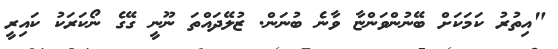
"އިތުރު ކަމަކަށް ބޭނުންވަންޏާ ވާނެ ބުނަން. ޒުލޭދައްތަ ނޫނީ ގޭގެ ނޯކަރަކު ކައިރީ